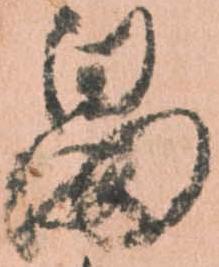
畠